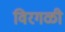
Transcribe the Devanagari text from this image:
विरगळी